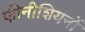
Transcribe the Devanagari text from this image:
फीनीशियनों